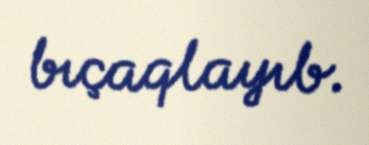
bıçaqlayıb.